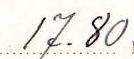
17.80